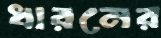
ধারনের